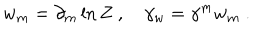
w _ { m } = \partial _ { m } \ln Z \ , \quad \gamma _ { w } = \gamma ^ { m } w _ { m } \ .